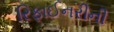
રિફાઈનરીની